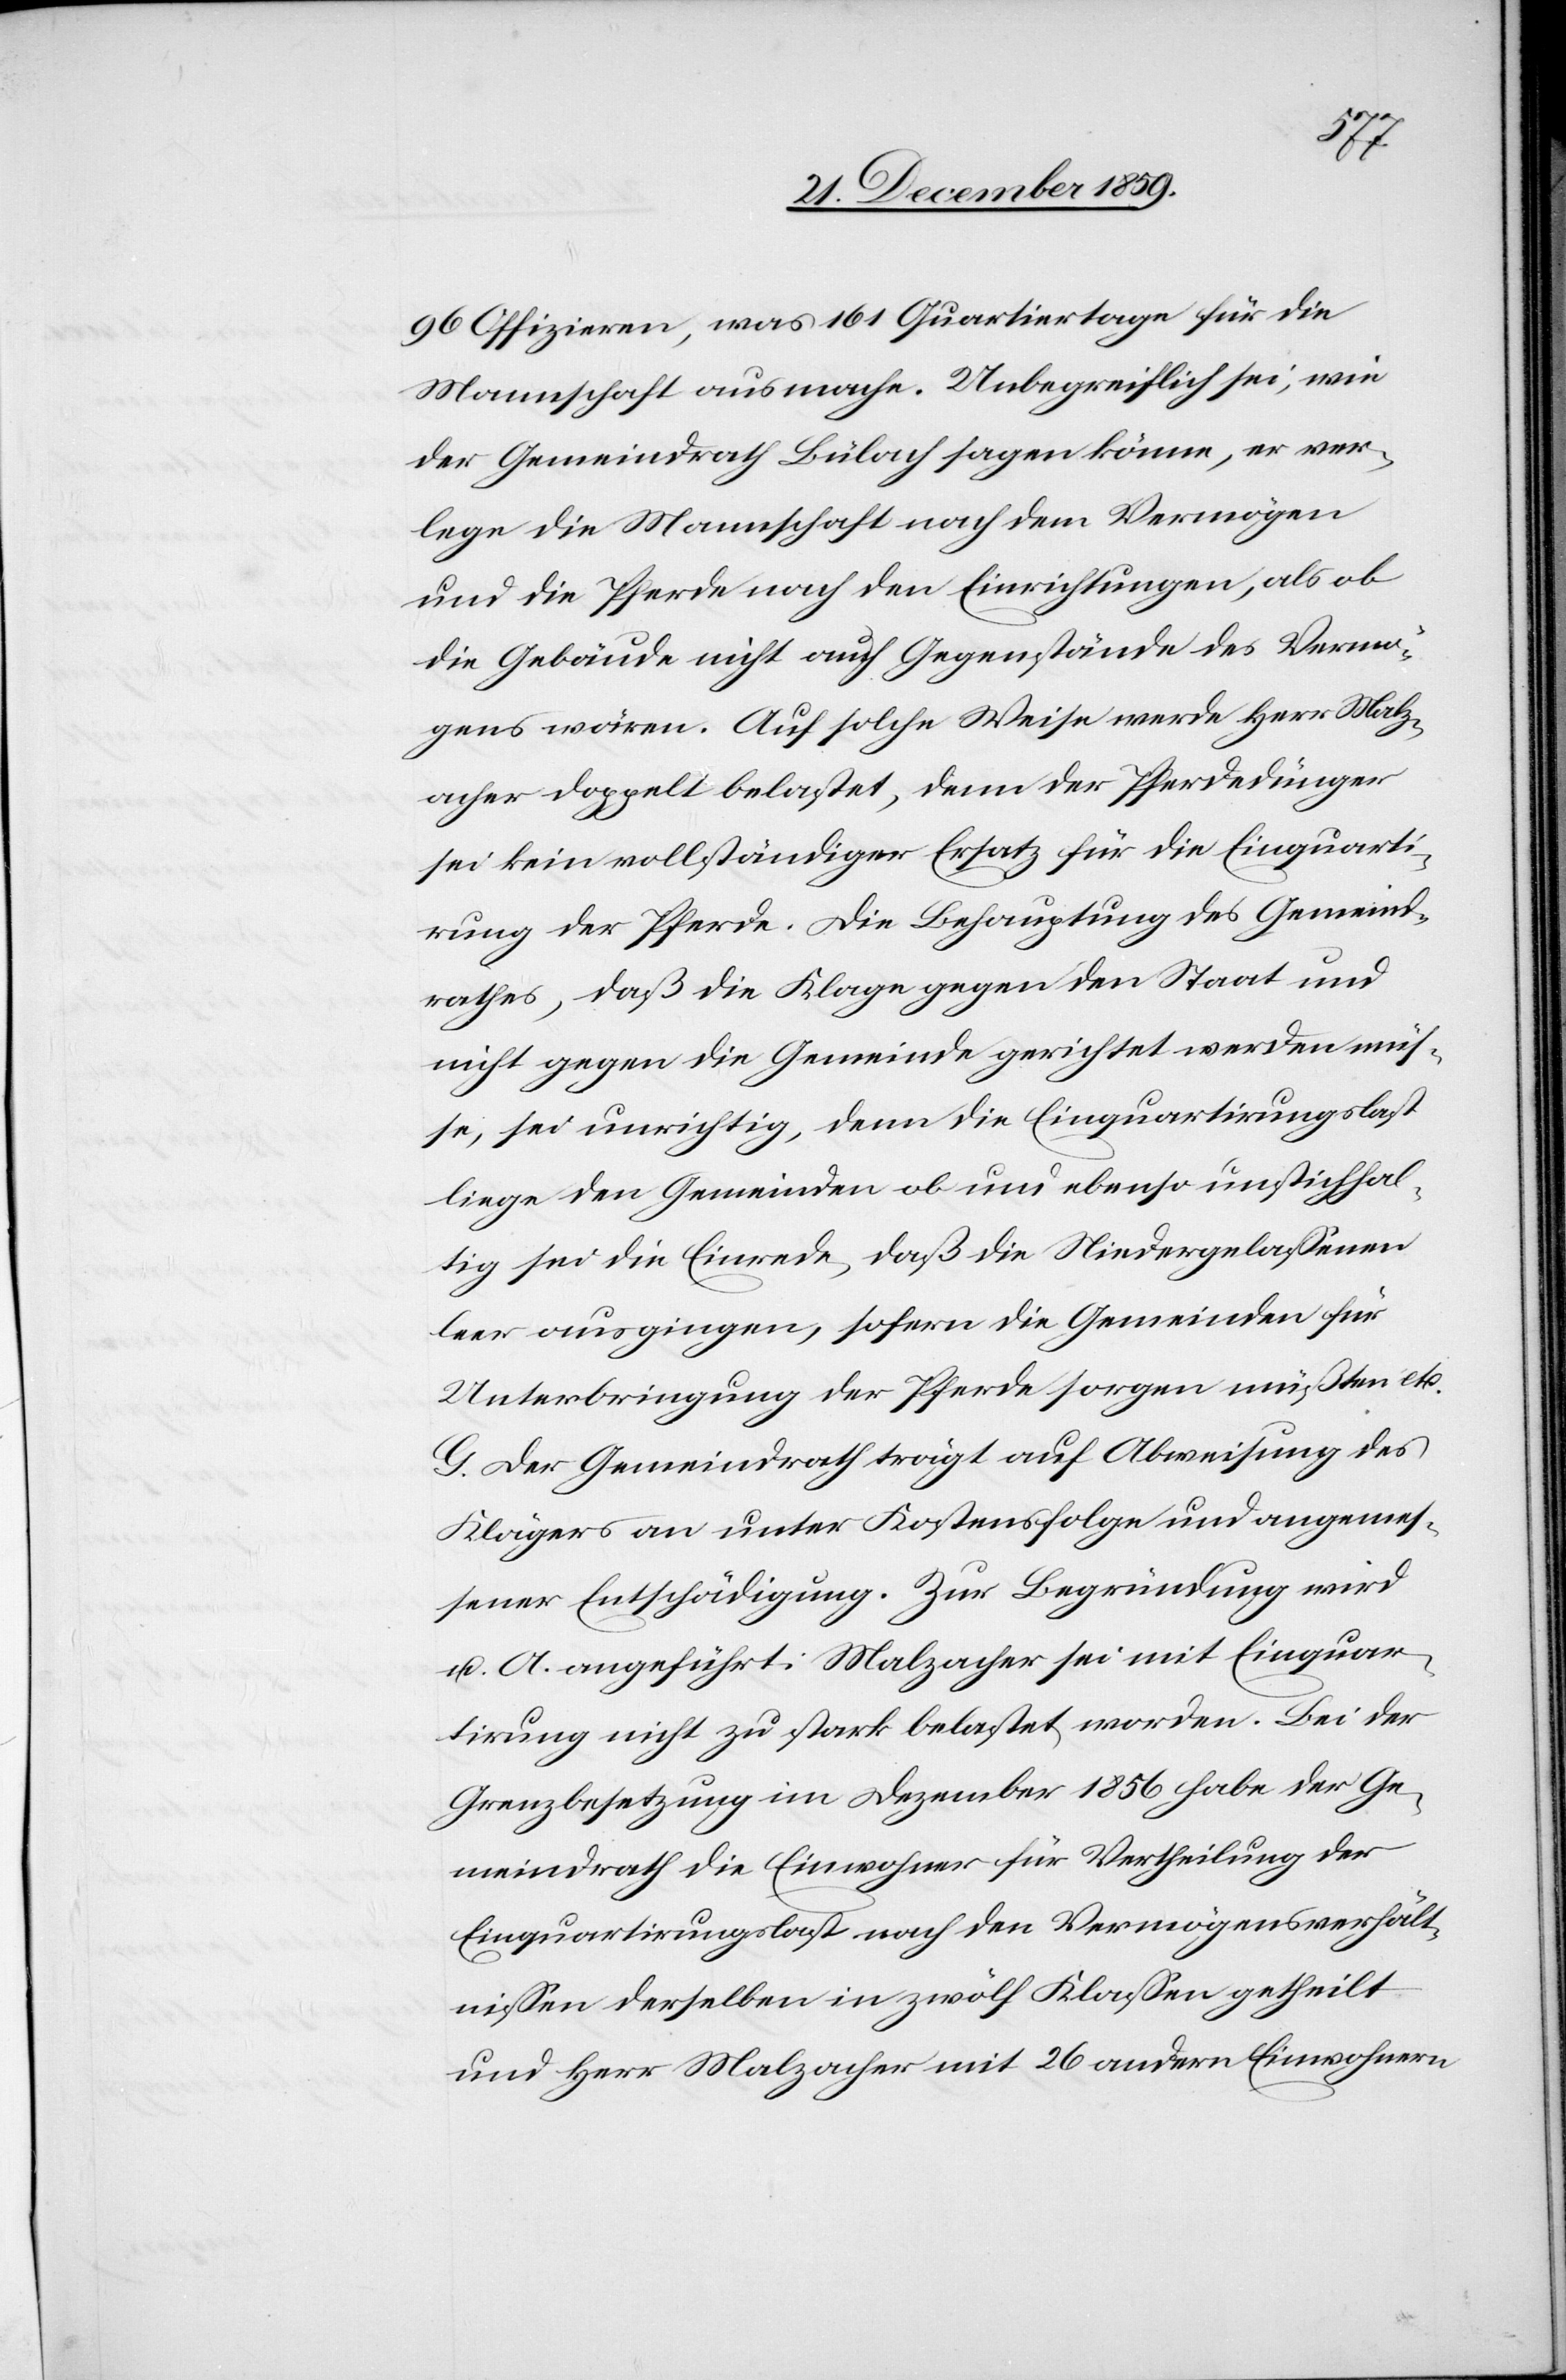
96 Offizieren, was 161 Quartiertage für die
Mannschaft ausmache. Unbegreiflich sei, wie
der Gemeindrath Bülach sagen könne, er ver¬
lege die Mannschaft nach dem Vermögen
und die Pferde nach den Einrichtungen, als ob
die Gebäude nicht auch Gegenstände des Vermö¬
gens wären. Auf solche Weise werde Herr Malz¬
acher doppelt belastet, denn der Pferdedünger
sei kein vollständiger Ersatz für die Einquarti¬
rung der Pferde. Die Behauptung des Gemeind¬
rathes, daß die Klage gegen den Staat und
nicht gegen die Gemeinde gerichtet werden müs¬
se, sei unrichtig, denn die Einquartirungslast
liege den Gemeinden ob und ebenso unstichhal¬
tig sei die Einrede, daß die Niedergelassenen
leer ausgingen, sofern die Gemeinden für
Unterbringung der Pferde sorgen müßten etc.
G. Der Gemeindrath trägt auf Abweisung des
Klägers an unter Kostensfolge und angemes¬
sener Entschädigung. Zur Begründung wird
u. A. angeführt: Malzacher sei mit Einquar¬
tirung nicht zu stark belastet worden. Bei der
Grenzbesetzung im Dezember 1856 habe der Ge¬
meindrath die Einwohner für Vertheilung der
Einquartirungslast nach den Vermögensverhält¬
nissen derselben in zwölf Klassen getheilt
und Herr Malzacher mit 26 andern Einwohnern